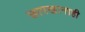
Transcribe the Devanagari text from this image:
छापखानाही